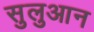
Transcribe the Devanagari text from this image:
सुलुआन